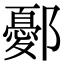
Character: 鄾